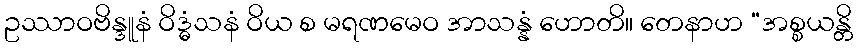
ဥဿာဝဗိန္ဒူနံ ဝိဒ္ဓံသနံ ဝိယ စ မရဏမေဝ အာသန္နံ ဟောတိ။ တေနာဟ “အစ္စယန္တိ